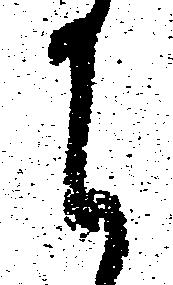
に